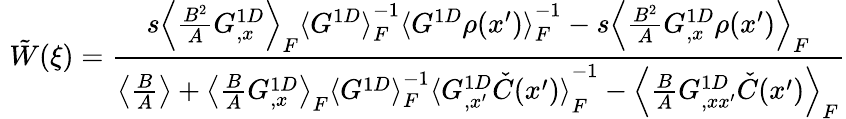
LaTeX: \, \, \tilde{W}(\xi)=\frac{s\left\langle{\frac{B^{2}}{A}G_{,x}^{1D}}\right\rangle_{F}{\langle G^{1D}\rangle}_{F}^{-1}{\langle G^{1D}\rho(x^{\prime})\rangle}_{F}^{-1}-s\left\langle{\frac{B^{2}}{A}G_{,x}^{1D}\rho(x^{\prime})}\right\rangle_{F}}{\left\langle{\frac{B}{A}}\right\rangle+\left\langle{\frac{B}{A}G_{,x}^{1D}}\right\rangle_{F}{\langle G^{1D}\rangle}_{F}^{-1}{\langle G_{,x^{\prime}}^{1D}\check{C}(x^{\prime})\rangle}_{F}^{-1}-\left\langle{\frac{B}{A}G_{,xx^{\prime}}^{1D}\check{C}(x^{\prime})}\right\rangle_{F}}